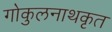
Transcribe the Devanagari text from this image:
गोकुलनाथकृत